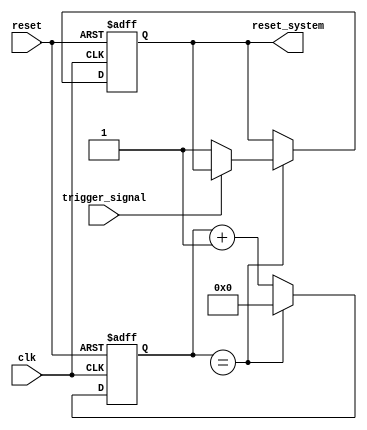
module WatchdogTimer (
    input clk,           // System clock
    input reset,         // System reset signal
    input trigger_signal,// Signal indicating proper system operation
    output reset_system  // Signal to reset the system

);

reg [31:0] counter;     // 32-bit counter for timing window
reg watchdog_reset;     // Flag to reset the system

always @(posedge clk or posedge reset) begin
    if (reset) begin
        counter <= 0;
        watchdog_reset <= 0;
    end else begin
        counter <= counter + 1;
        if (counter == TIMEOUT_VALUE) begin
            if (!trigger_signal) begin
                watchdog_reset <= 1;
            end
            counter <= 0;
        end
    end
end

assign reset_system = watchdog_reset;

endmodule